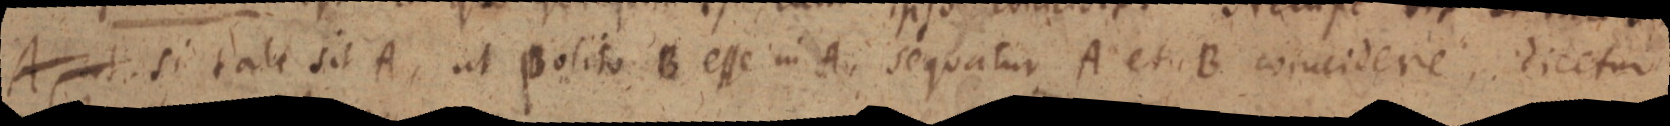
A, ut si tale sit A, ut polito B esse in A, sequatur A et B coincidere dicetur